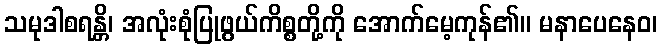
သမုဒါစရန္တိ၊ အလုံးစုံပြုဖွယ်ကိစ္စတို့ကို အောက်မေ့ကုန်၏။ မနာပေနေဝ၊